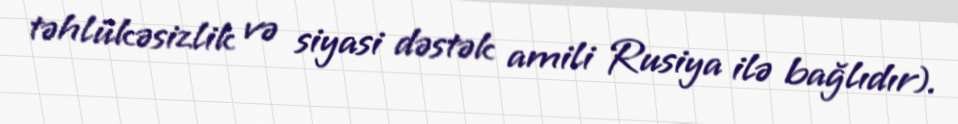
təhlükəsizlik və siyasi dəstək amili Rusiya ilə bağlıdır).